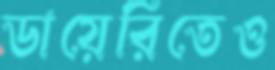
ডায়েরিতেও